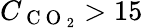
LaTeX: C_{\mathrm{~C~O~}_{2}}>15\